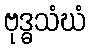
ဗုဒ္ဓသံဃံ